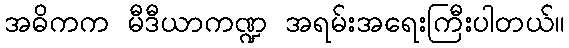
အဓိကက မီဒီယာကဏ္ဍ အရမ်းအရေးကြီးပါတယ်။